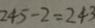
2 4 5 - 2 = 2 4 3